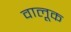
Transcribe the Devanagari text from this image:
वालूक